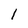
Character: 1